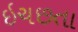
ઇચછતા